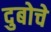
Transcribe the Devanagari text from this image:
दुबोचे